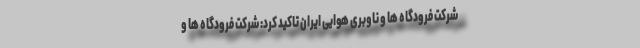
شرکت فرودگاه ها و ناوبری هوایی ایران تاکید کرد: شرکت فرودگاه ها و